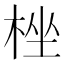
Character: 㭫